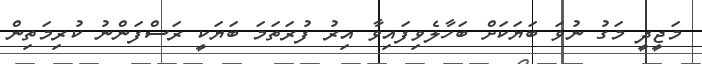
މަޖީދީ މަގު ނުވަ ބަޔަކަށް ބަހާލެވިފައިވާ އިރު ފުރަތަމަ ބަޔަކީ ރަސްފަންނު ކުރިމަތިން